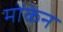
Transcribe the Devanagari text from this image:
मोंकेन